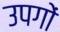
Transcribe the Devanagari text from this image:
उपगों